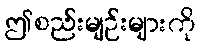
ဤစည်းမျဉ်းများကို